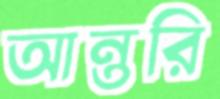
আন্তরি